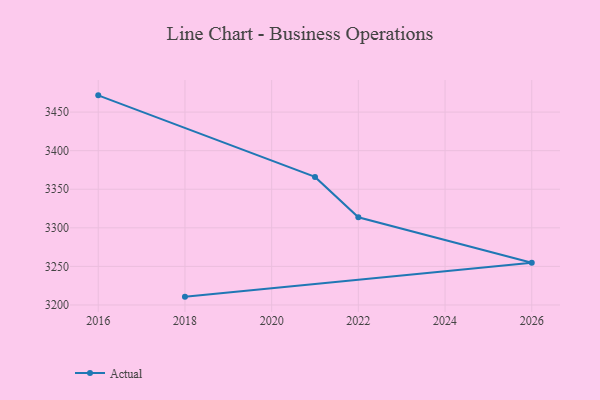
{"axis": {"x": "Year", "y": "Active Users"}, "legend": ["Actual"], "data": [{"x": "2016", "y": 3471.7, "type": "Actual"}, {"x": "2021", "y": 3366.0, "type": "Actual"}, {"x": "2022", "y": 3313.7, "type": "Actual"}, {"x": "2026", "y": 3254.7, "type": "Actual"}, {"x": "2018", "y": 3210.8, "type": "Actual"}]}